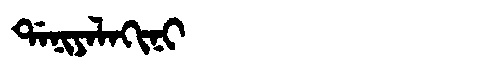
Manchu: ᡩᠠᠨᡳᠶᠠᠯᠠᡴᡳᠨᡳ
Romanization: DANIYALAKINI